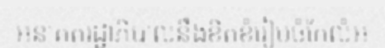
អនាគតរដ្ឋាភិបាលនឹងខិតខំរៀបចំកែលំអ